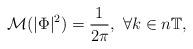
LaTeX: \begin{align*}\mathcal M(|\Phi|^2) = \frac{1}{2\pi},\ \forall k\in n\mathbb T,\end{align*}